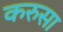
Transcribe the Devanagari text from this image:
करुसा